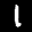
Label: 1